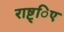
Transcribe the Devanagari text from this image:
राष्ट्िए